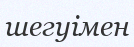
шегуімен